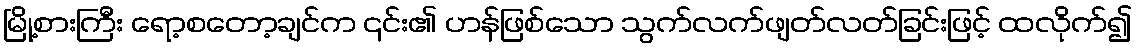
မြို့စားကြီး ရော့စတော့ချင်က ၎င်း၏ ဟန်ဖြစ်သော သွက်လက်ဖျတ်လတ်ခြင်းဖြင့် ထလိုက်၍